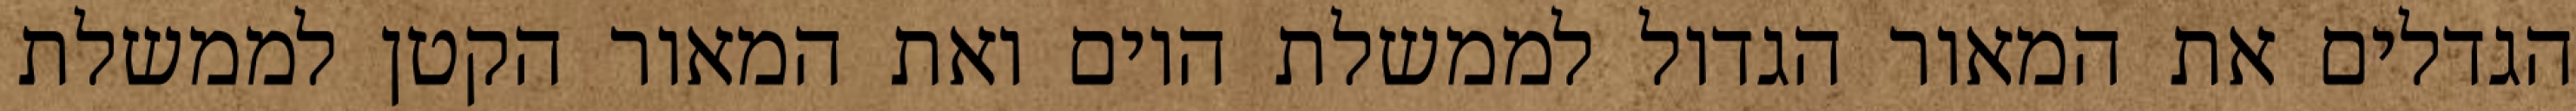
הגדלים את המאור הגדול לממשלת היום ואת המאור הקטן לממשלת